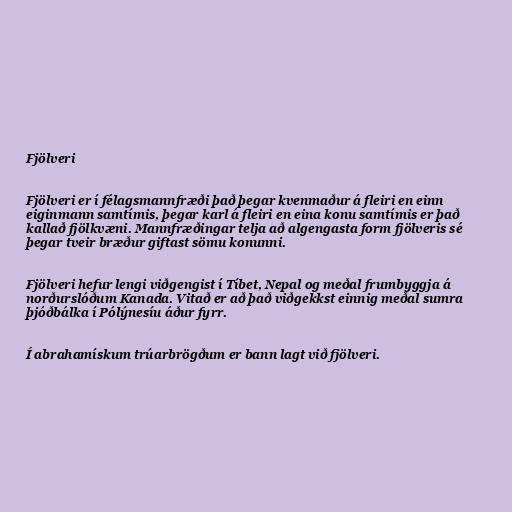
Fjölveri

Fjölveri er í félagsmannfræði það þegar kvenmaður á fleiri en einn
eiginmann samtímis, þegar karl á fleiri en eina konu samtímis er það
kallað fjölkvæni. Mannfræðingar telja að algengasta form fjölveris sé
þegar tveir bræður giftast sömu konunni.

Fjölveri hefur lengi viðgengist í Tíbet, Nepal og meðal frumbyggja á
norðurslóðum Kanada. Vitað er að það viðgekkst einnig meðal sumra
þjóðbálka í Pólýnesíu áður fyrr.

Í abrahamískum trúarbrögðum er bann lagt við fjölveri.